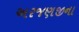
અરજણજીના